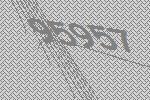
95957